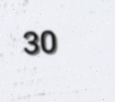
30